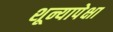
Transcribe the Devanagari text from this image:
शून्यापेक्षा